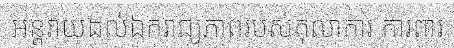
អន្តរាយដល់ឯករាជ្យភាពរបស់តុលាការ ការពារ